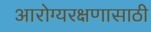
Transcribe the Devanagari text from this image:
आरोग्यरक्षणासाठी